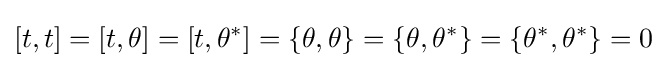
\left[t,t\right]=\left[t,\theta \right]=\left[t,\theta ^{*}\right]=\left\{\theta ,\theta \right\}=\left\{\theta ,\theta ^{*}\right\}=\left\{\theta ^{*},\theta ^{*}\right\}=0